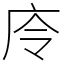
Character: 㡵